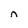
Character: n